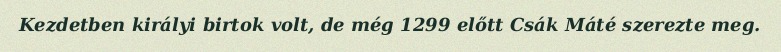
Kezdetben királyi birtok volt, de még 1299 előtt Csák Máté szerezte meg.